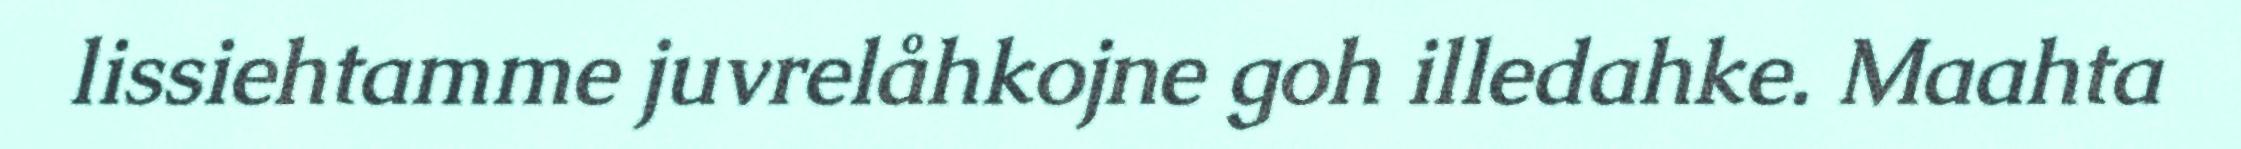
lissiehtamme juvrelåhkojne goh illedahke. Maahta